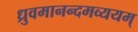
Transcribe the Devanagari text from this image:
ध्रुवमानन्दमव्ययम्